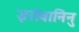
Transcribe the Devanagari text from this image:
इरोवानिनु